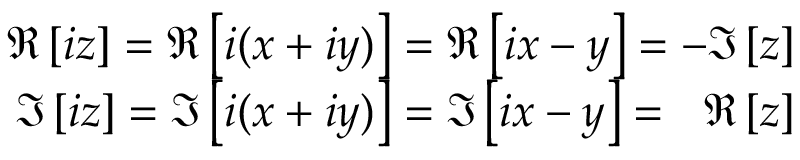
\begin{array} { r } { \Re \left[ i z \right] = \Re \left[ i ( x + i y ) \right] = \Re \left[ i x - y \right] = - \Im \left[ z \right] } \\ { \Im \left[ i z \right] = \Im \left[ i ( x + i y ) \right] = \Im \left[ i x - y \right] = \phantom { - } \Re \left[ z \right] } \end{array}